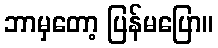
ဘာမှတော့ ပြန်မပြော။